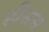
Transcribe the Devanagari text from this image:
ह्रीसस